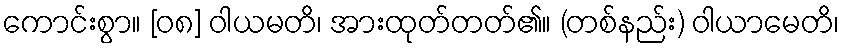
ကောင်းစွာ။ [၀၈] ဝါယမတိ၊ အားထုတ်တတ်၏။ (တစ်နည်း) ဝါယာမေတိ၊